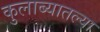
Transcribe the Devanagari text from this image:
कुलाब्यातल्या